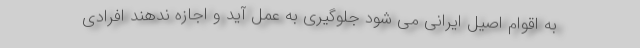
به اقوام اصیل ایرانی می شود جلوگیری به عمل آید و اجازه ندهند افرادی